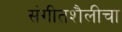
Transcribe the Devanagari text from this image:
संगीतशैलीचा